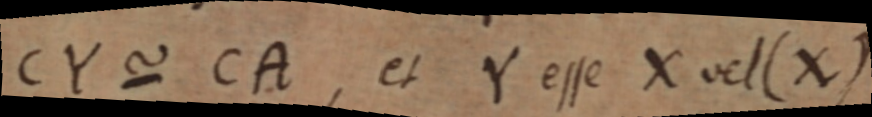
CY ~ CA, et Y esse X vel (X)